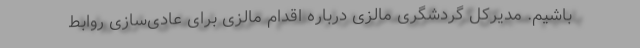
باشیم. مدیرکل گردشگری مالزی درباره اقدام مالزی برای عادی‌سازی روابط